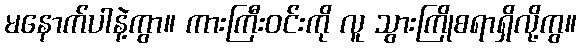
မနောက်ပါနဲ့ကွာ။ ကားကြီးဝင်းကို လူ သွားကြိုစရာရှိလို့ကွ။